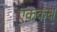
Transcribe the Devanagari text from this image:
एककक्ष